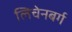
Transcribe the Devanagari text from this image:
लिचेनबर्ग